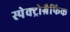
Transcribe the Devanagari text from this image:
स्पेक्ट्रोग्रैफिक